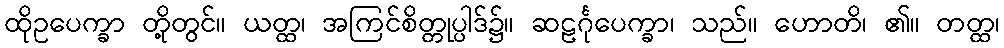
ထိုဥပေက္ခာ တို့တွင်။ ယတ္ထ၊ အကြင်စိတ္တုပ္ပါဒ်၌။ ဆဠင်္ဂုပေက္ခာ၊ သည်။ ဟောတိ၊ ၏။ တတ္ထ၊